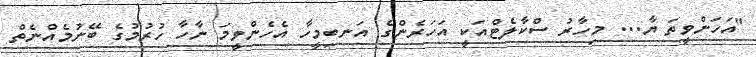
"އަހަންވީތަ ޔާ... މިހާރު ސްކާލެޓްއަކީ އަހަރެންގެ އަނބިމީހާ އެހެންވީމަ ނާހާ ހުރުމުގެ ބޭނުމެއްނެތް